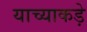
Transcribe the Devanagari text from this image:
याच्याकड़े